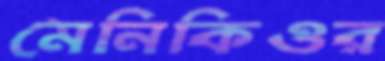
মেনিকিওর